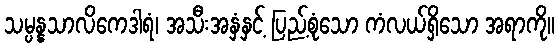
သမ္ပန္နသာလိကေဒါရံ၊ အသီးအနှံနှင့် ပြည့်စုံသော ကံလယ်ရှိသော အရာကို။